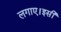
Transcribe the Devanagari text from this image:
लगाए।इसी